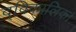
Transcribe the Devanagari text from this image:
द्विकालिक।